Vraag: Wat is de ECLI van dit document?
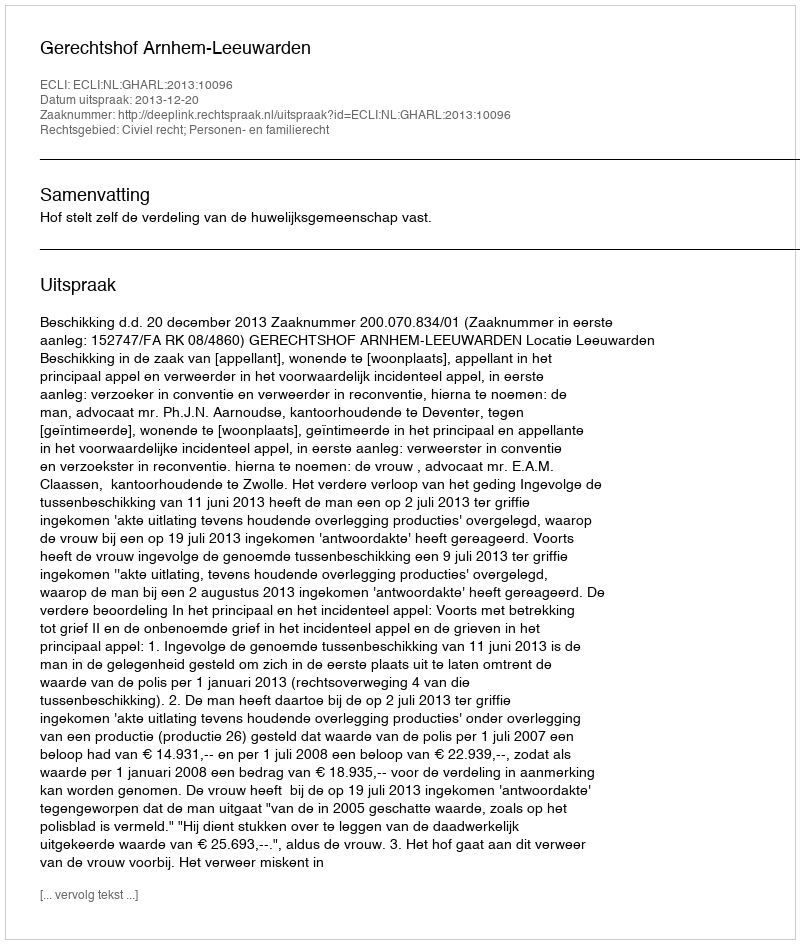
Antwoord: ECLI:NL:GHARL:2013:10096